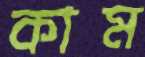
কাম